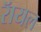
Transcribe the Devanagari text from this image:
रॅायल